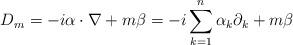
LaTeX: \begin{align*}D_m=-i\alpha \cdot \nabla +m\beta =-i \sum_{k=1}^{n}\alpha_k \partial_{k}+m\beta\end{align*}